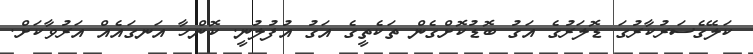
ކަލޭގެސަރުކާރުގަ ޑޮލަރުގެ އަގު ބޮޑުކޮށްގެން ތަކެތީގެ އަގު އުފުލުނީ. ކޮންހާ އަނގައެއް އަރުވާކަށް.